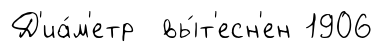
Д'иа́м'етр вы́т'есн'ен 1906